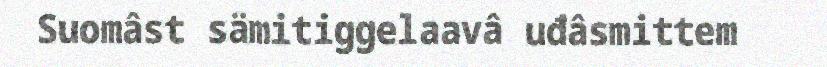
Suomâst sämitiggelaavâ uđâsmittem